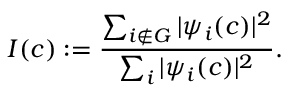
I ( c ) : = \frac { \sum _ { i \notin G } | \psi _ { i } ( c ) | ^ { 2 } } { \sum _ { i } | \psi _ { i } ( c ) | ^ { 2 } } .